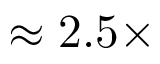
\approx 2 . 5 \times